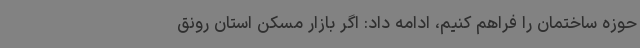
حوزه ساختمان را فراهم کنیم، ادامه داد: اگر بازار مسکن استان رونق